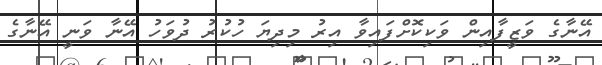
އޭނާގެ ވަޒީފާއިން ވަކިކޮށްފައިވާ އިރު މިދިޔަ ހުކުރު ދުވަހު އޭނާ ވަނީ އޭނާގެ